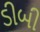
ડીબી